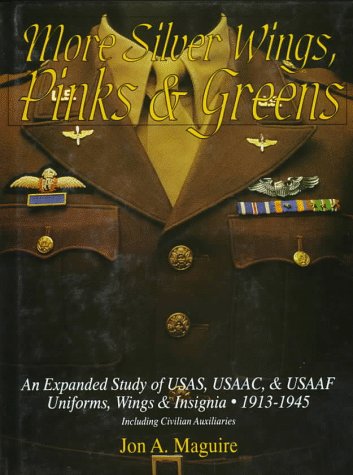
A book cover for More Silver Wings, Pinks & Greens: An Expanded Study of USAS, USAAC, & USAAF Uniforms, Wings & Insignia  1913-1945 Including Civilian Auxiliaries (Schiffer Military History); Jon A. Maguire; Crafts, Hobbies & Home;